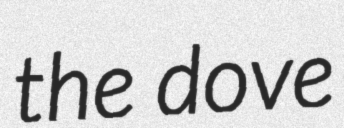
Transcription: the dove